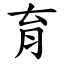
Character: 育